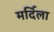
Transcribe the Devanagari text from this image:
मर्दिला